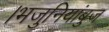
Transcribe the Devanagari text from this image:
।भजुनियांबुज